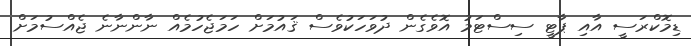
ޑިމޮކްރަސީ އާއި ޕާޓީ ސިސްޓަމު އޮވެގެން ދުވަހަކުވެސް ޤައުމަށް ހަމަޖެހުމެއް ނާންނާނެ ޖެއްސުމަށް